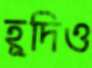
হূদিও